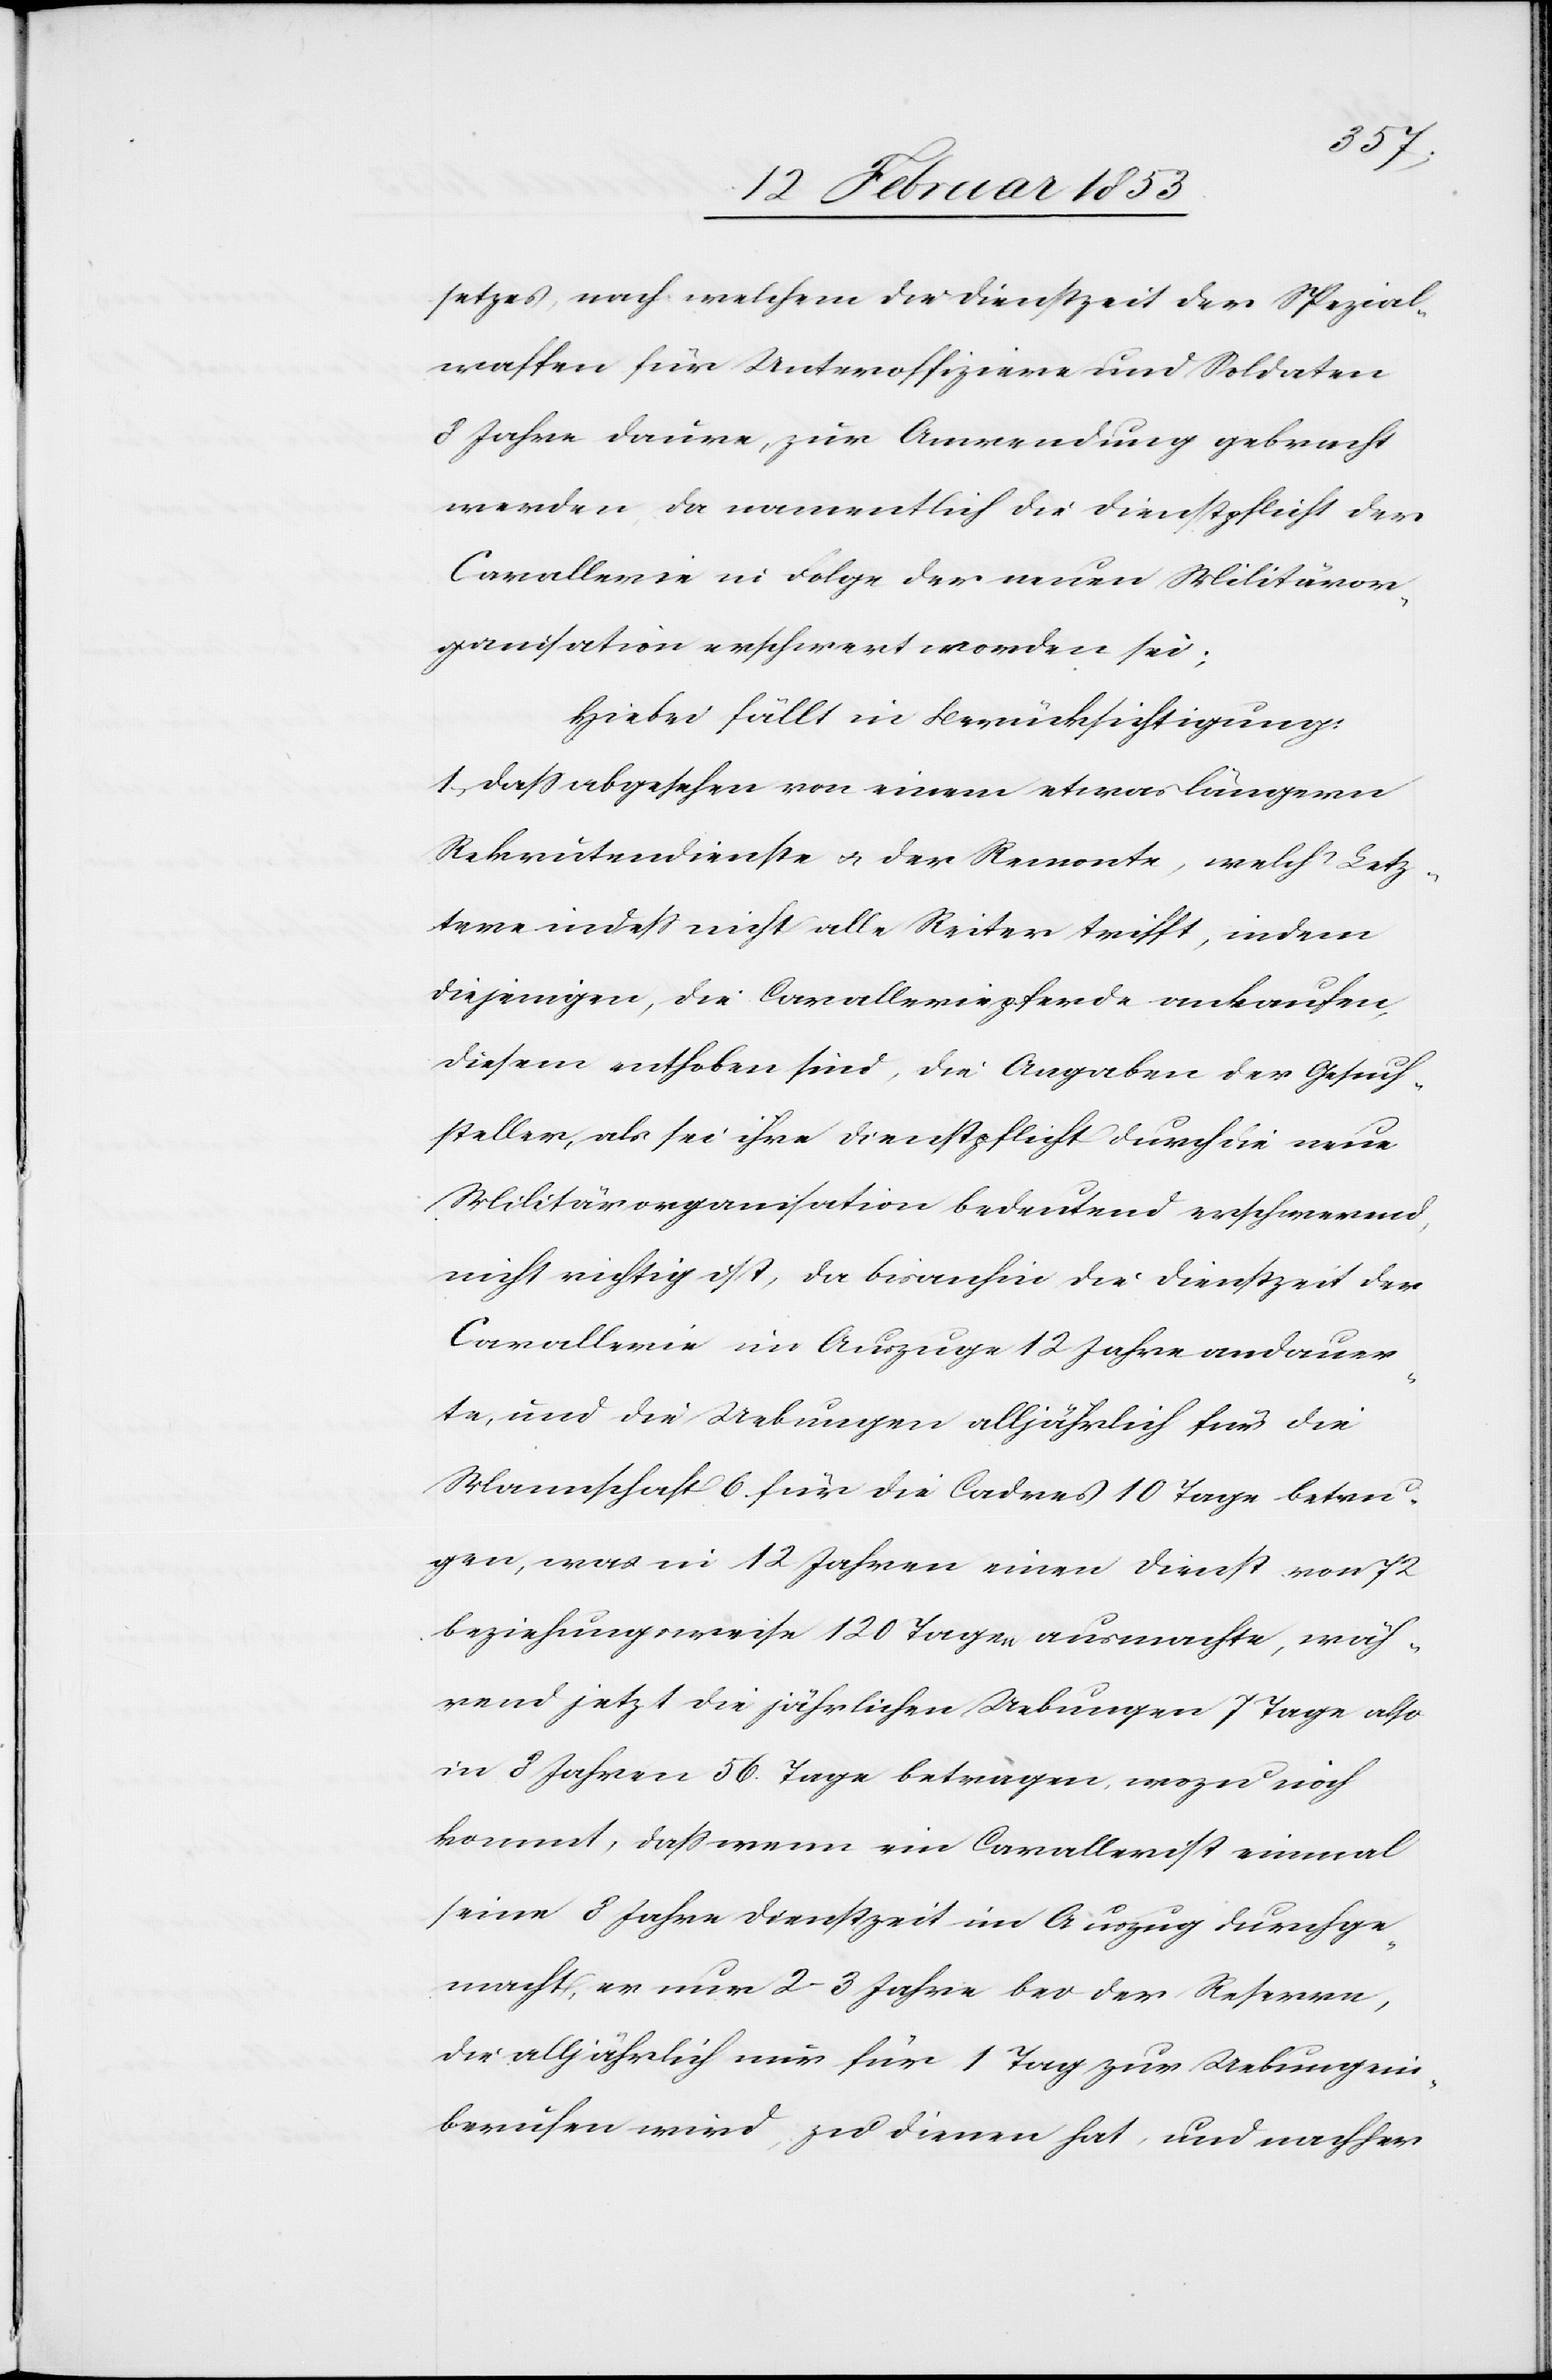
setzes, nach welchem die Dienstzeit der Spezial¬
waffen für Unteroffiziere und Soldaten
8 Jahre daure, zur Anwendung gebracht
werden, da namentlich die Dienstpflicht der
Cavallerie in Folge der neuen Militäror¬
ganisation erschwert worden sei:
Hiebei fällt in Berücksichtigung:
1, daß abgesehen von einem etwas längern
Rekrutendienste u. der Remonte, welch Letz¬
tere indeß nicht alle Reiter trifft, indem
diejenigen, die Cavalleriepferde ankaufen,
diesem enthoben sind, die Angaben der Gesuch¬
steller, als sei ihre Dienstpflicht durch die neue
Militärorganisation bedeutend erschwerend,
nicht richtig ist, da bisanhin die Dienstzeit der
Cavallerie im Auszuge 12 Jahre andauer¬
te, und die Uebungen alljährlich für die
Mannschaft 6. für die Cadres 10 Tage betru¬
gen, was in 12 Jahren einen Dienst von 72
beziehungsweise 120 Tagen ausmachte, wäh¬
rend jetzt die jährlichen Uebungen 7 Tage also
in 8 Jahren 56 Tage betrugen, wozu noch
kommt, daß wenn ein Cavallerist einmal
seine 8 Jahre Dienstzeit im Auszug durchge¬
macht, er nur 2–3 Jahre bei der Reserve,
die alljährlich nur für 1 Tag zur Uebung ein¬
berufen wird, zu dienen hat, und nachher